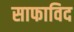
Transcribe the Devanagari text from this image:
साफाविद